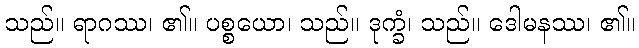
သည်။ ရာဂဿ၊ ၏။ ပစ္စယော၊ သည်။ ဒုက္ခံ၊ သည်။ ဒေါမနဿ၊ ၏။